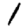
Digit: 1